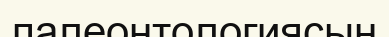
палеонтологиясын